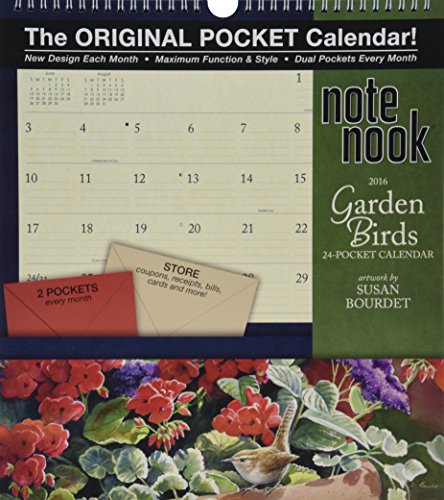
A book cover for Garden Birds Note Nook 24-Pocket 2016 Calendar; Calendars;